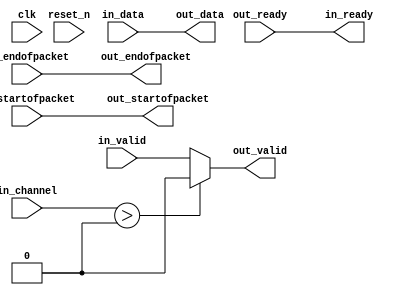
// (C) 2001-2018 Intel Corporation. All rights reserved.
// Your use of Intel Corporation's design tools, logic functions and other 
// software and tools, and its AMPP partner logic functions, and any output 
// files from any of the foregoing (including device programming or simulation 
// files), and any associated documentation or information are expressly subject 
// to the terms and conditions of the Intel Program License Subscription 
// Agreement, Intel FPGA IP License Agreement, or other applicable 
// license agreement, including, without limitation, that your use is for the 
// sole purpose of programming logic devices manufactured by Intel and sold by 
// Intel or its authorized distributors.  Please refer to the applicable 
// agreement for further details.


// --------------------------------------------------------------------------------
//| Avalon Streaming Channel Adapter
// --------------------------------------------------------------------------------

`timescale 1ns / 100ps
module channel_adapter_btop_for_spichain (
    
      // Interface: clk
      input              clk,
      input              reset_n,
      // Interface: in
      output reg         in_ready,
      input              in_valid,
      input      [ 7: 0] in_data,
      input      [ 7: 0] in_channel,
      input              in_startofpacket,
      input              in_endofpacket,
      // Interface: out
      input              out_ready,
      output reg         out_valid,
      output reg [ 7: 0] out_data,
      output reg         out_startofpacket,
      output reg         out_endofpacket
);


   reg          out_channel;

   // ---------------------------------------------------------------------
   //| Payload Mapping
   // ---------------------------------------------------------------------
   always @* begin
      in_ready = out_ready;
      out_valid = in_valid;
      out_data = in_data;
      out_startofpacket = in_startofpacket;
      out_endofpacket = in_endofpacket;

      out_channel = in_channel       ;
      // Suppress channels that are higher than the destination's max_channel.
      if (in_channel > 0) begin
         out_valid = 0;
         // Simulation Message goes here.
      end
   end

endmodule